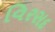
વિરસદ